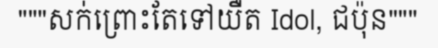
"""សក់ព្រោះតែទៅយឺត Idol, ជប៉ុន"""